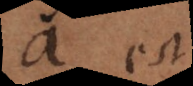
a est